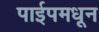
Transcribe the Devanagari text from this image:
पाईपमधून